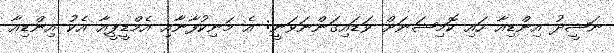
ނަޝީދު އިންޑިއާ ހައި ކޮމިޝަނަށް ވަޑައިގަންނަވަނީ: އެ މަނިކުފާނާއި އެމްޑީޕީއާ އެކު އިންޑިއާ